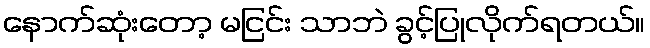
နောက်ဆုံးတော့ မငြင်း သာဘဲ ခွင့်ပြုလိုက်ရတယ်။